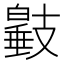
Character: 𢻩